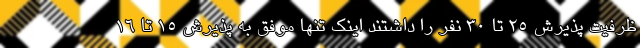
ظرفیت پذیرش 25 تا 30 نفر را داشتند اینک تنها موفق به پذیرش 15 تا 16